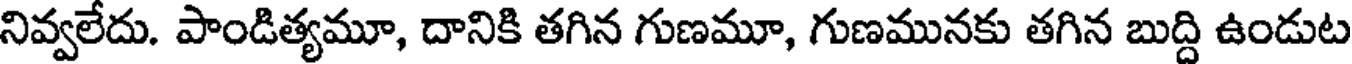
నివ్వలేదు. పాండిత్యమూ, దానికి తగిన గుణమూ, గుణమునకు తగిన బుద్ది ఉండుట